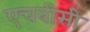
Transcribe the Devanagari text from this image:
एचबीसी